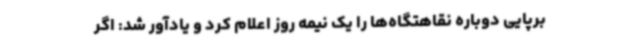
برپایی دوباره نقاهتگاه‌ها را یک نیمه روز اعلام کرد و یادآور شد: اگر